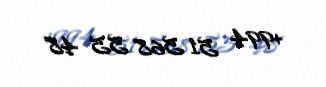
+994 51 568 55 48